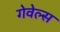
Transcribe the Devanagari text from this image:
गेवेल्स